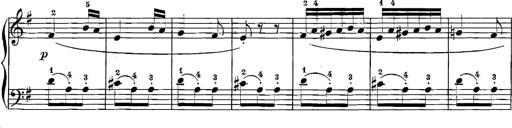
Title: 12 Sonatinas
Composer: Ignaz Pleyel